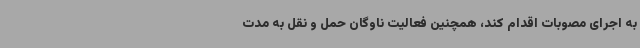
به اجرای مصوبات اقدام کند، همچنین فعالیت ناوگان حمل و نقل به مدت